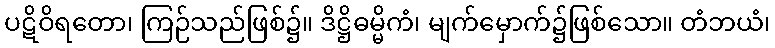
ပဋိဝိရတော၊ ကြဉ်သည်ဖြစ်၌။ ဒိဋ္ဌိဓမ္မိကံ၊ မျက်မှောက်၌ဖြစ်သော။ တံဘယံ၊